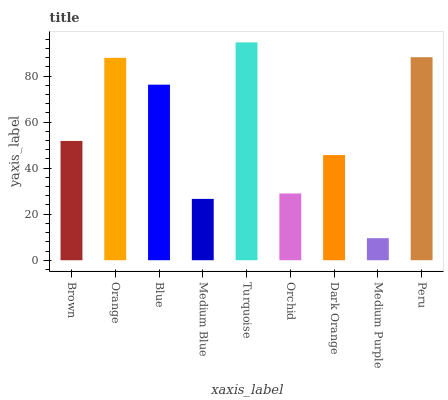
| xaxis_label | bars |
 | --- | --- |
 | Brown | 51.8 |
 | Orange | 87.9 |
 | Blue | 76.3 |
 | Medium Blue | 26.6 |
 | Turquoise | 94.6 |
 | Orchid | 29 |
 | Dark Orange | 45.7 |
 | Medium Purple | 9.58 |
 | Peru | 88.2 |